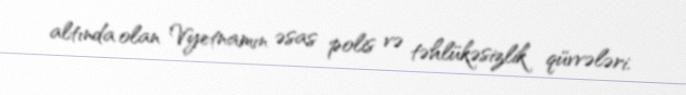
altında olan Vyetnamın əsas polis və təhlükəsizlik qüvvələri.